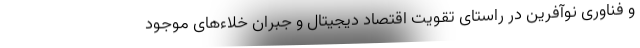
و فناوری نوآفرین در راستای تقویت اقتصاد دیجیتال و جبران خلاءهای موجود